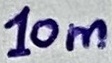
Text: 10m